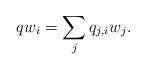
LaTeX: \begin{align*}qw_i=\sum_jq_{j,i}w_j.\end{align*}